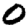
Digit: 0